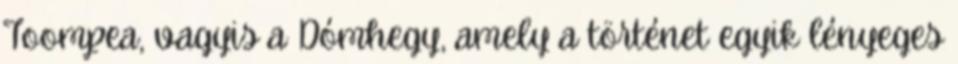
Toompea, vagyis a Dómhegy, amely a történet egyik lényeges